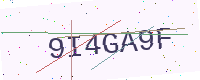
Text: 9I4GA9F